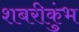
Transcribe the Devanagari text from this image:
शबरीकुंभ